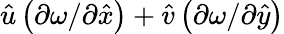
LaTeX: \hat{u}\left(\partial\omega/\partial\hat{x}\right)+\hat{v}\left(\partial\omega/\partial\hat{y}\right)